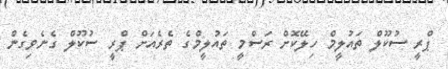
ޕްރީ ސުކޫލް ތައުލީމް ހިލޭކޮށް ރަސްމީ ތައުލީމްގެ ތެރެއަށް ޕްރީ ސުކޫލް ގެނެވިގެން